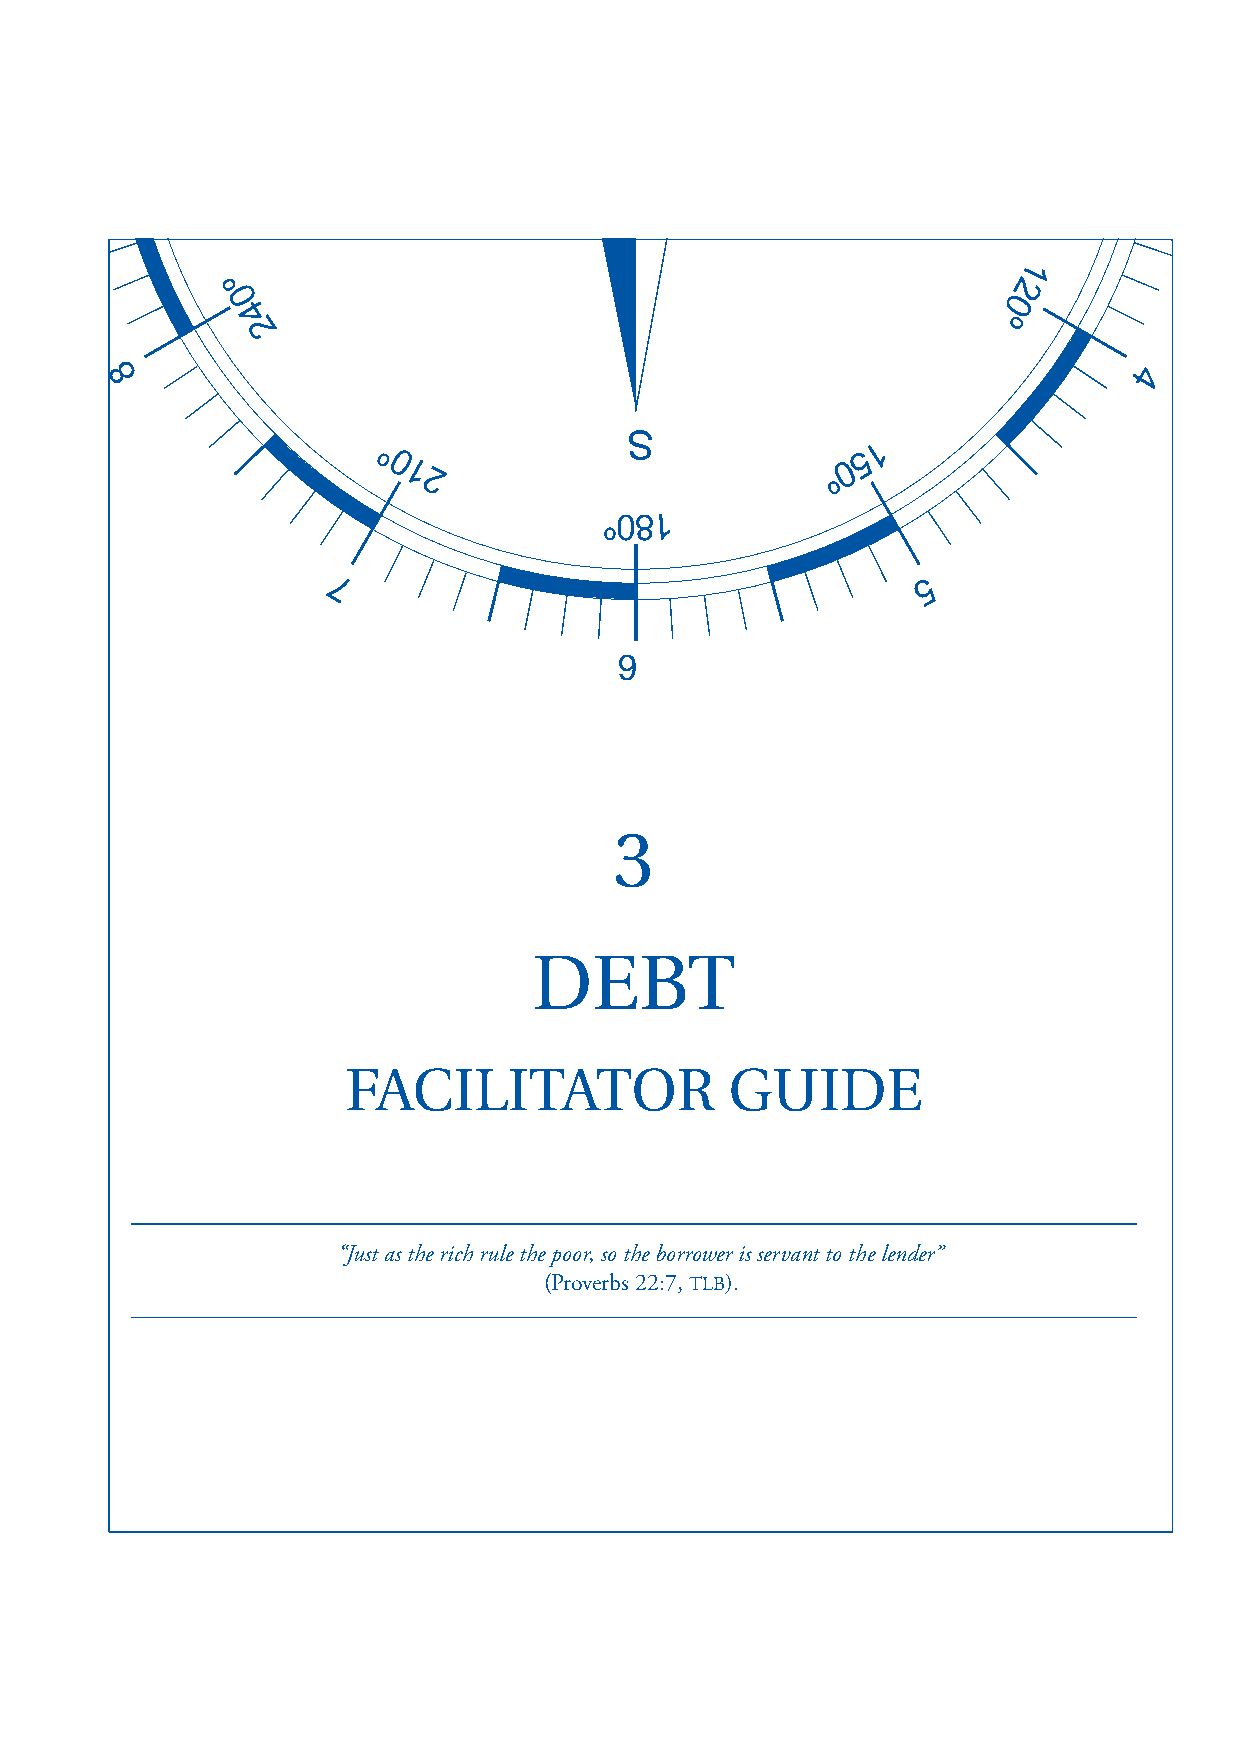
3
 DEBT
 FACILITATOR              GUIDE
 “Just as the rich rule the poor, so the borrower is servant to the lender”
 (Proverbs 22:7, TLB).